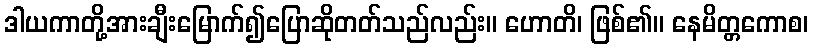
ဒါယကာတို့အားချီးမြောက်၍ပြောဆိုတတ်သည်လည်း။ ဟောတိ၊ ဖြစ်၏။ နေမိတ္တကောစ၊